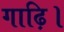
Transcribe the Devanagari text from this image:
गाढ़ि।